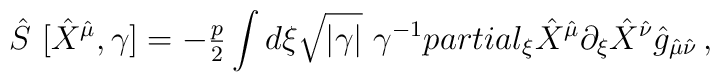
\hat{S}\ [\hat{X}^{\hat{\mu}},\gamma] =-{\textstyle\frac{p}{2}} \int d\xi \sqrt{|\gamma|}\ \gamma^{-1}\\partial_{\xi}\hat{X}^{\hat{\mu}}\partial_{\xi}\hat{X}^{\hat{\nu}} \hat{g}_{\hat{\mu}\hat{\nu}}\, ,